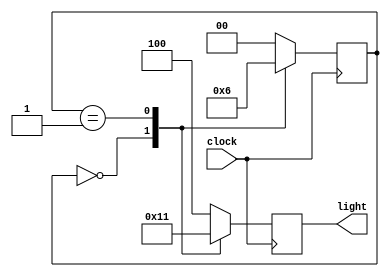
// Cyclic Lamp - FSM Example
//----------------------------------
// Type : module
// Contact : mathewtg.mec@gmail.com
//------------------
//------------------
// Notes :- 3 States. S0 - RED, S1 - GREEN, S2 - YELLOW
//	    5 FF's synthesized, since <= was used for 'light' too.
//

module fsmCyclicLamp (clock, light);
input clock;
output reg [0:2]light;
reg [0:1] state;
parameter s0 = 00, s1 = 01, s2 = 10;
parameter RED = 3'b100, GREEN = 3'b010, YELLOW = 3'b001;
always @ (posedge clock) // Will generate (2 +3) FF's to store the state & Output
	case (state)
	s0 : begin
		light <= GREEN; state <= s1;
	     end
	s1 : begin
		light <= YELLOW; state <= s2;
	     end
	s2 : begin
		light <= RED; state <= s0;
	     end
	default : begin
		light <= RED;
		state <= s0;
		  end
	endcase
endmodule